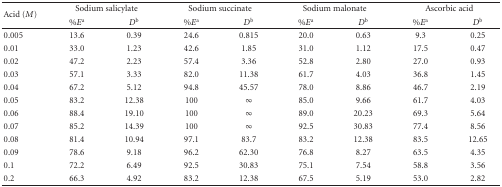
| <ROWSPAN=2> Acid (M) | <COLSPAN=2> Sodium salicylate | <COLSPAN=2> Sodium succinate | <COLSPAN=2> Sodium malonate | <COLSPAN=2> Ascorbic acid |
 | %Ea | Db | %Ea | Db | %Ea | Db | %Ea | Db |
 | --- | --- | --- | --- | --- | --- | --- | --- | --- |
 | 0.005 | 13.6 | 0.39 | 24.6 | 0.815 | 20.0 | 0.63 | 9.3 | 0.25 |
 | 0.01 | 33.0 | 1.23 | 42.6 | 1.85 | 31.0 | 1.12 | 17.5 | 0.47 |
 | 0.02 | 47.2 | 2.23 | 57.4 | 3.36 | 52.8 | 2.80 | 27.0 | 0.93 |
 | 0.03 | 57.1 | 3.33 | 82.0 | 11.38 | 61.7 | 4.03 | 36.8 | 1.45 |
 | 0.04 | 67.2 | 5.12 | 94.8 | 45.57 | 78.0 | 8.86 | 46.7 | 2.19 |
 | 0.05 | 83.2 | 12.38 | 100 | ∞ | 85.0 | 9.66 | 61.7 | 4.03 |
 | 0.06 | 88.4 | 19.10 | 100 | ∞ | 89.0 | 20.23 | 69.3 | 5.64 |
 | 0.07 | 85.2 | 14.39 | 100 | ∞ | 92.5 | 30.83 | 77.4 | 8.56 |
 | 0.08 | 81.4 | 10.94 | 97.1 | 83.7 | 83.2 | 12.38 | 83.5 | 12.65 |
 | 0.09 | 78.6 | 9.18 | 96.2 | 62.30 | 76.8 | 8.27 | 63.5 | 4.35 |
 | 0.1 | 72.2 | 6.49 | 92.5 | 30.83 | 75.1 | 7.54 | 58.8 | 3.56 |
 | 0.2 | 66.3 | 4.92 | 83.2 | 12.38 | 67.5 | 5.19 | 53.0 | 2.82 |